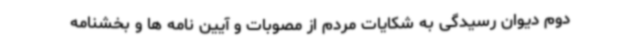
دوم دیوان رسیدگی به شکایات مردم از مصوبات و آیین نامه ها و بخشنامه